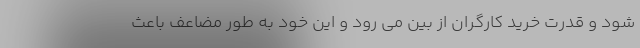
شود و قدرت خرید کارگران از بین می رود و این خود به طور مضاعف باعث